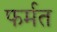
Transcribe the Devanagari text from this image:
फर्मत